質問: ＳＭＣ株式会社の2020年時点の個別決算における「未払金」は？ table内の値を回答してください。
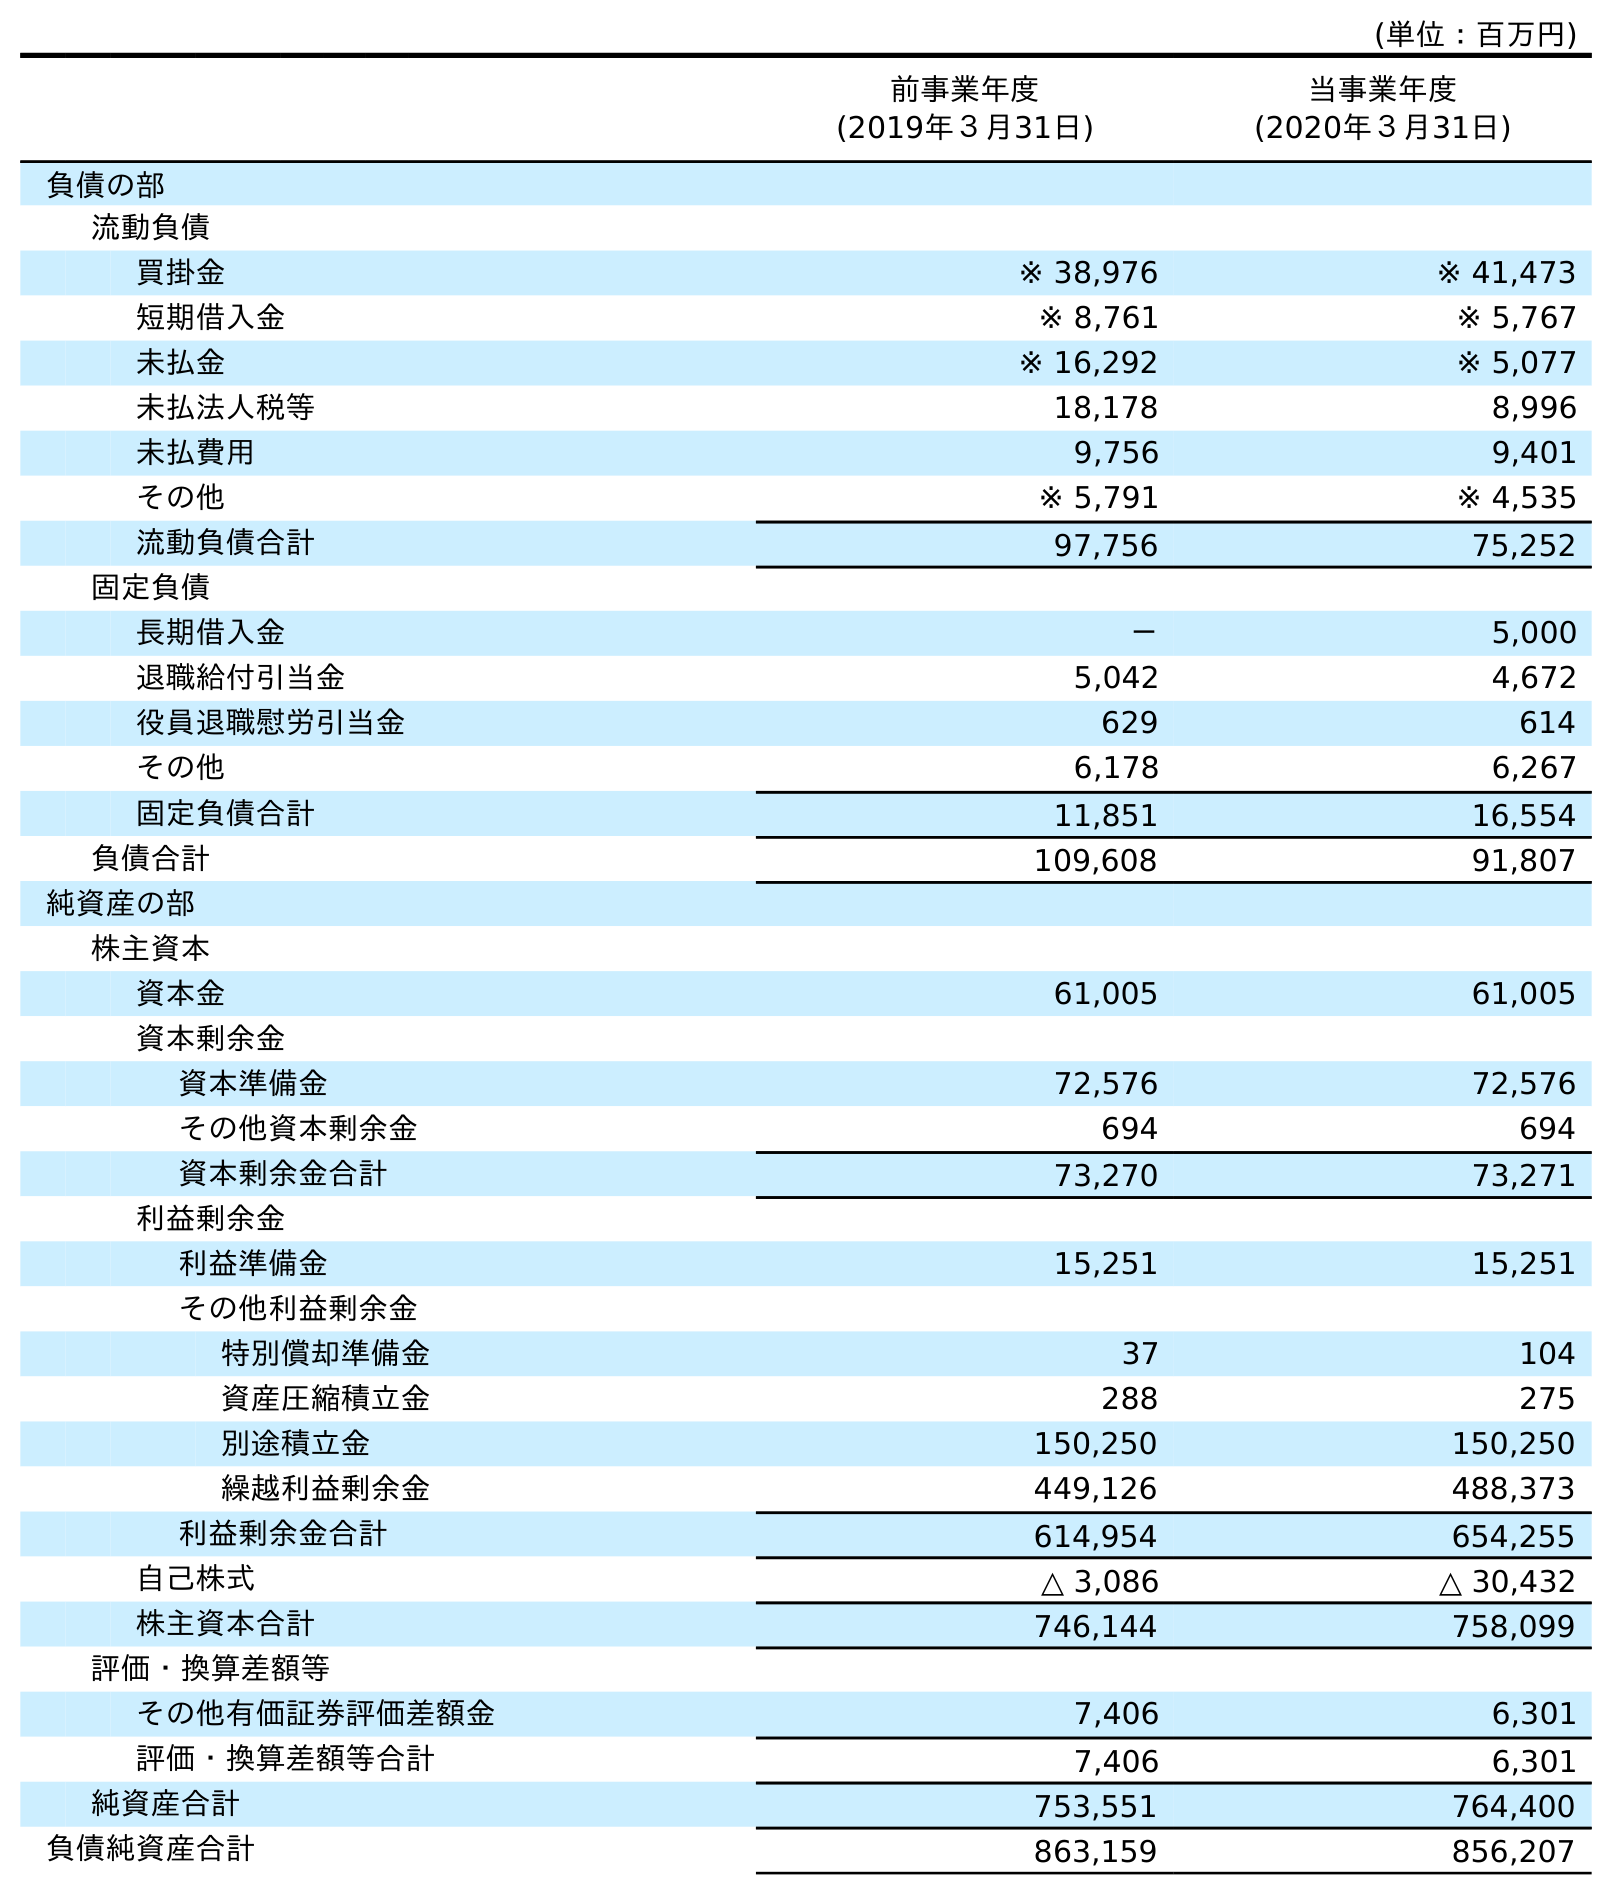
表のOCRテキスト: (単位：百万円) 前事業年度 (2019年３月31日) 当事業年度 (2020年３月31日) 負債の部 流動負債 買掛金 ※ 38,976 ※ 41,473 短期借入金 ※ 8,761 ※ 5,767 未払金 ※ 16,292 ※ 5,077 未払法人税等 18,178 8,996 未払費用 9,756 9,401 その他 ※ 5,791 ※ 4,535 流動負債合計 97,756 75,252 固定負債 長期借入金 － 5,000 退職給付引当金 5,042 4,672 役員退職慰労引当金 629 614 その他 6,178 6,267 固定負債合計 11,851 16,554 負債合計 109,608 91,807 純資産の部 株主資本 資本金 61,005 61,005 資本剰余金 資本準備金 72,576 72,576 その他資本剰余金 694 694 資本剰余金合計 73,270 73,271 利益剰余金 利益準備金 15,251 15,251 その他利益剰余金 特別償却準備金 37 104 資産圧縮積立金 288 275 別途積立金 150,250 150,250 繰越利益剰余金 449,126 488,373 利益剰余金合計 614,954 654,255 自己株式 △ 3,086 △ 30,432 株主資本合計 746,144 758,099 評価・換算差額等 その他有価証券評価差額金 7,406 6,301 評価・換算差額等合計 7,406 6,301 純資産合計 753,551 764,400 負債純資産合計 863,159 856,207
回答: ※5,077